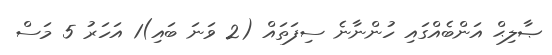
ޞާލިޙް އަންބެއްގައި ހުންނާނެ ސިފަތައް (2 ވަނަ ބައި)1 އަހަރު 5 މަސް